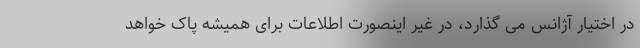
در اختیار آژانس می گذارد، در غیر اینصورت اطلاعات برای همیشه پاک خواهد